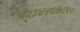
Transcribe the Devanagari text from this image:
१२३४५६७८९०